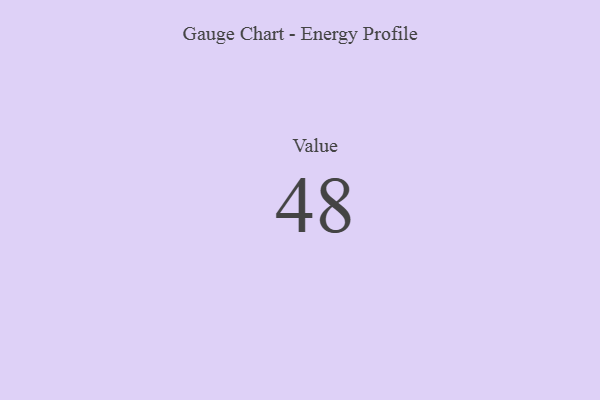
{"axis": {"x": "Metric", "y": "Value"}, "legend": [""], "data": [{"x": "Value", "y": 48, "type": ""}]}